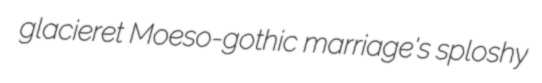
glacieret Moeso-gothic marriage's sploshy